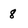
Character: 8